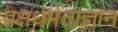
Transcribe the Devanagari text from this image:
पक्षधर्मताज्ञान